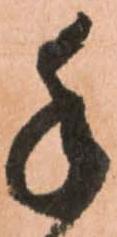
手